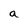
Character: a